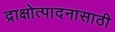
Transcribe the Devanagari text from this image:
द्राक्षोत्पादनासाठी